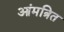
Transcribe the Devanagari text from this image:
आंमत्रित